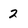
Character: 2